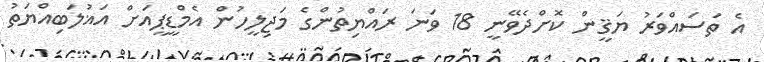
އެ ތަސައްވަރު ޔަޤީން ކޮށްދެވޭނީ 18 ވަނަ ރައްޔިތުންގެ މަޖިލީހުން އެމްޑީޕީއަށް އަޣުލަބިއްޔަތު